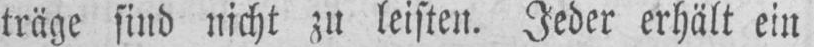
träge sind nicht zu leisten. Jeder erhält ein